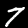
Digit: 7